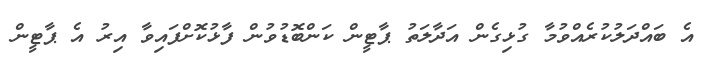
އެ ބައްދަލުކުރެއްވުމާ ގުޅިގެން އަދާލަތު ޕާޓީން ކަންބޮޑުވުން ފާޅުކޮށްފައިވާ އިރު އެ ޕާޓީން